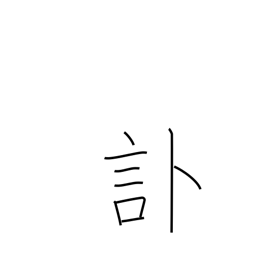
Meaning: obituary